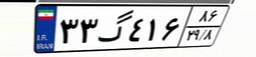
۳۳گ۴۱۶۸۶